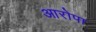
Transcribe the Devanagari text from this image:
आरोपा